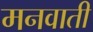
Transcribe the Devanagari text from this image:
मनवाती